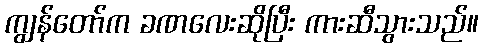
ကျွန်တော်က ခဏလေးဆိုပြီး ကားဆီသွားသည်။